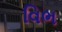
વિભ